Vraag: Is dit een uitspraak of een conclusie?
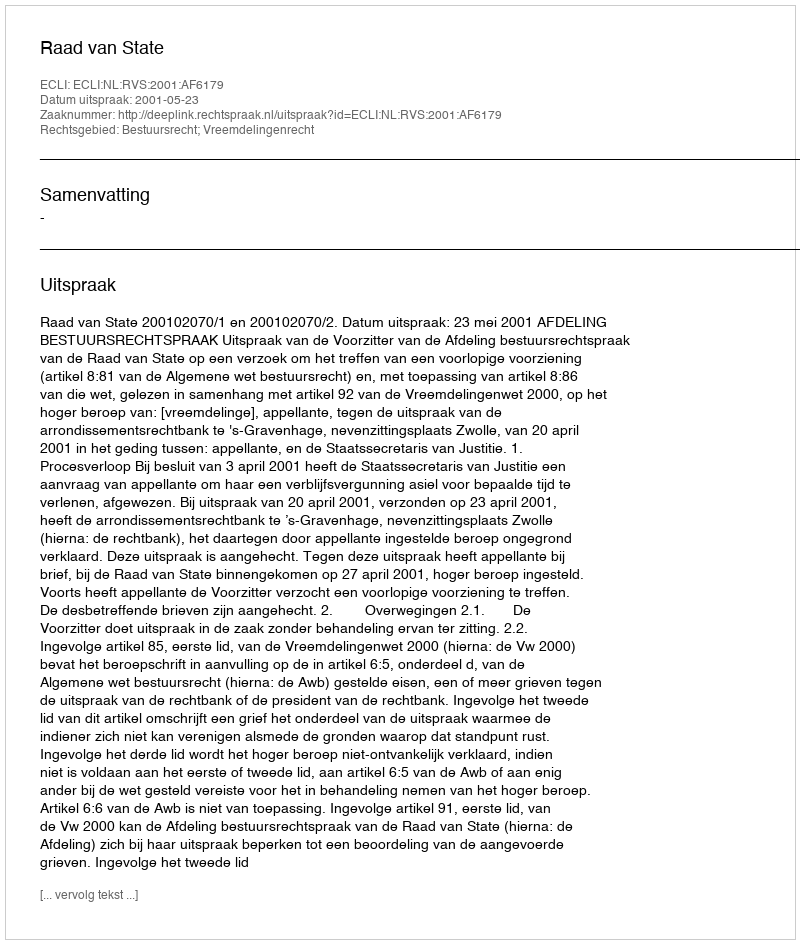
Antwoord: Uitspraak